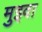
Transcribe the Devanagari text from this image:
मुइवा